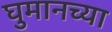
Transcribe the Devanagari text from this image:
घुमानच्या